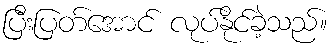
ပြီးပြတ်အောင် လုပ်နိုင်ခဲ့သည်။